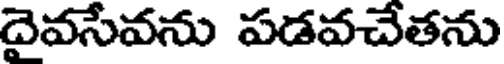
దైవసేవను పడవచేతను